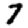
Digit: 7